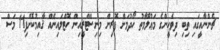
ޗެންނާއީގައި ތިބި ދިވެހީންގެ މަޢުލޫމާތު ހޯދުމަށް ފޮރިން މިނިސްޓްރީއިން ހޮޓްލައިނެއް ޤާއިމުކޮށްފި11 މަސް